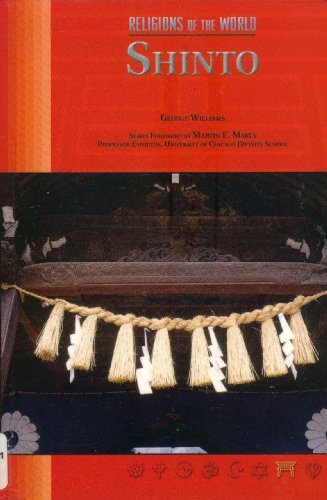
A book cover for Shinto (Religions of the World (Chelsea House Paperback)); George Williams; Teen & Young Adult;